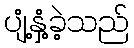
ပျံ့နှံ့ခဲ့သည်